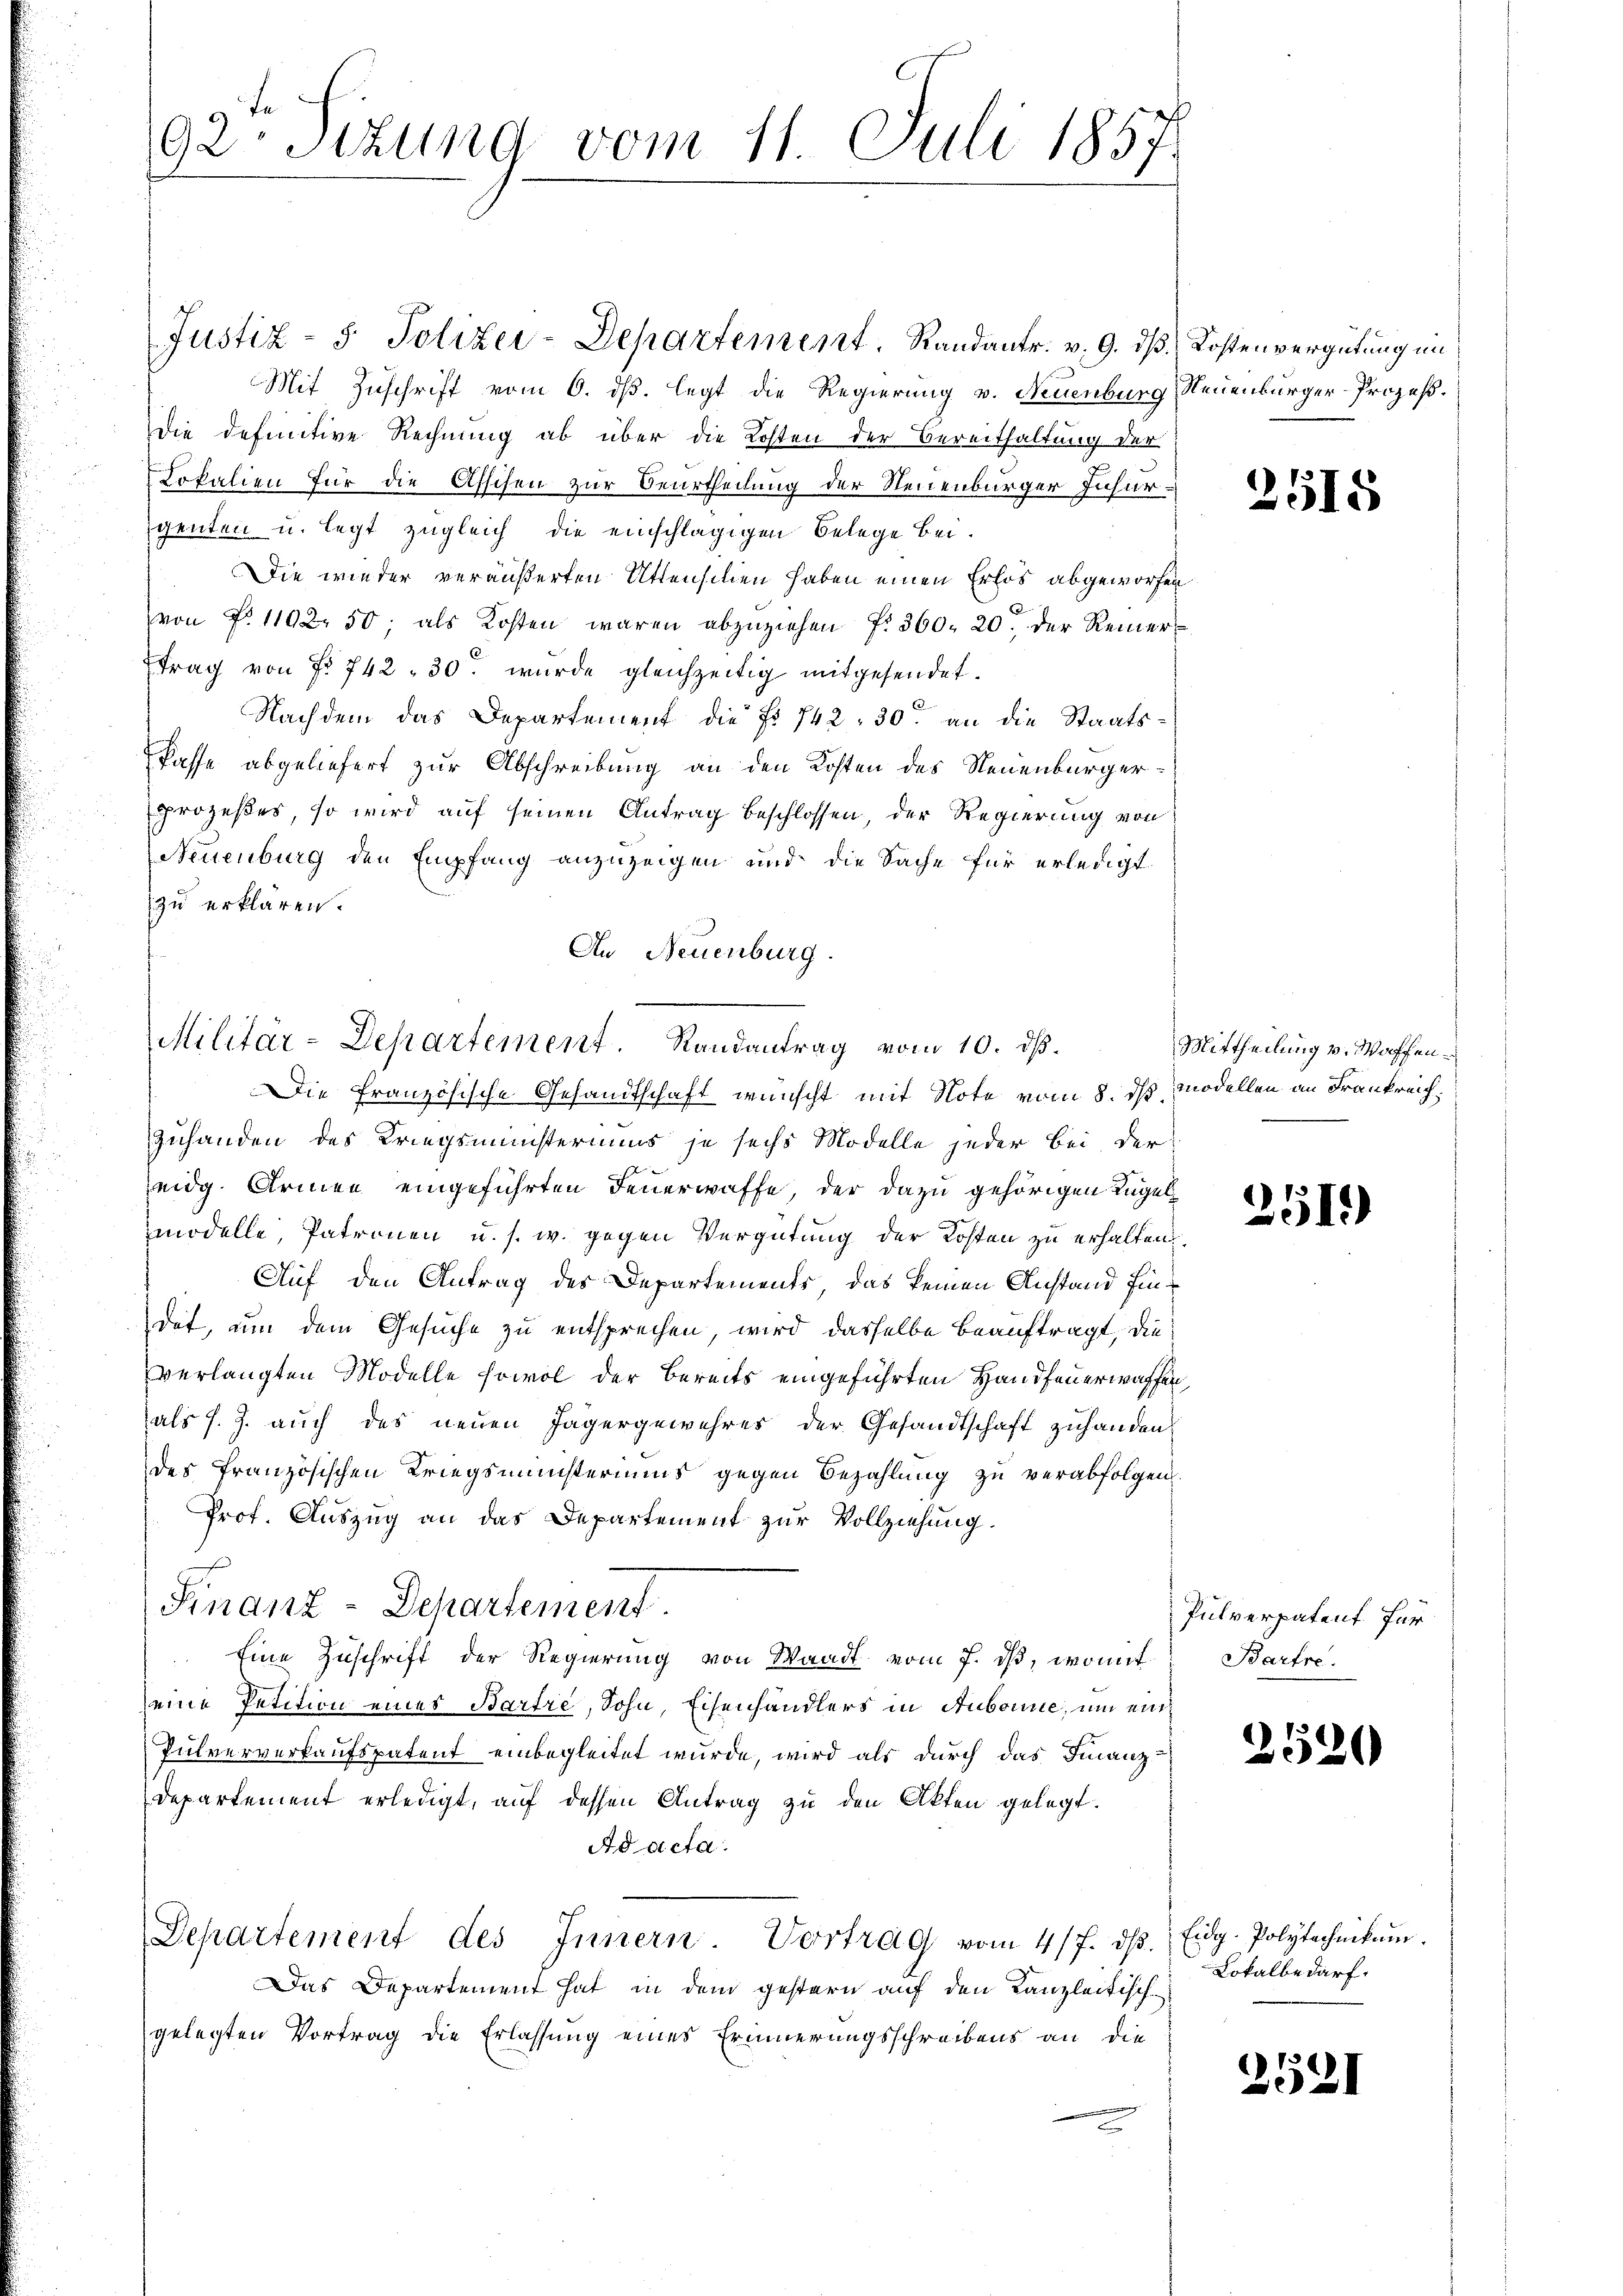
t
92Stzung vom 11. Juli 1857

Justiz- & Polizei-Departement. Randantr. v. 9. dβ.
Mit Zuschrift vom 6. ds. legt die Regierung v. Neuenburg
die definitive Rechnung ab über die Kosten der Bereithaltung der
Lokalien für die Asschen zur Beurtheilung der Neuenburger Insurgenten u. legt zugleich die einschlägigen Belege bei.
Die wieder veräußerten Attensilien haben einen Erlös abgeworfen
von No 1102. 50; als Kosten waren abzuziehen f. 360. 20. der Reiner¬
Etrag von Fr. 742 - 30. wurde gleichzeitig mitgesendet.
Nachdem das Departement die No 742. 30. an die Staats¬
Pässe abgeliefert zur Abschreibung an den Kosten des Neuenburger¬
Prozeßes, so wird auf seinen Antrag beschlossen, der Regierung von
Neuenburg den Empfang anzuzeigen und die Sache für erledigt
zu erklären.
An Neuenburg.
Zuhanden des Kriegsministeriums je sechs Modelle jeder bei, der
eidg. Armen eingeführten Feuerwaffe, der dazu gehörigen Kugelmodelle, Patronen u. s. w. gegen Vergütung der Kosten zu erhalten.
Auf den Antrag des Departements, das keinen Anstand findet, nun dem Gesuche zu entsprechen, wird dasselbe beauftragt, die
verlangten Modelle sowol der Bereits eingeführten Handfeuerwaffen
als J. J. auch des neuen Jägergewehres der Gesandtschaft zuhanden
des französischen Kriegsministeriums gegen Bezahlung zu verabfolgen
Prot. Auszug an das Departement zur Vollziehung.
Finanz-Departement.
Eine Zuschrift der Regierung von Waadt vom 7. ds, womit
eine Petition eines Bartre, Sohn, Eisenhändlers in Aubonne, um ein¬
Pulververkaufspatent einbegleitet wurde, wird als durch das Finanz-
departement erledigt, auf dessen Antrag zu den Akten gelegt.
Ad acta.
Departement des Innern. Vortrag vom 4/7. dβ. Eidg. Polytechnikum.
Das Departement hat in dem gestern auf den Kanzleitisch-
gelegten Vortrag die Erlassung eines Erinnerungsschreibens an die

Militär-Departement. Randantrag vom 10. dß.
Die französische Gesandtschaft wünscht mit Note vom 8. ds modellen an Frankreich¬

Kostenvergütung im
Neuenburger-Prozeß.

2515

Mittheilung v. Waffen.

251)

Pulverpatent für
Barfre

2520

Lokalbedarf.

2521